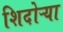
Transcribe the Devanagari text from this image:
शिदोऱ्या